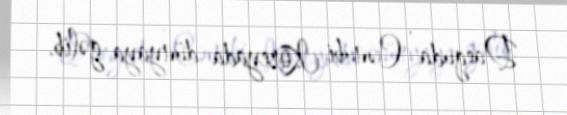
Daeguda , Cənubi Koreyada dünyaya gəlib.